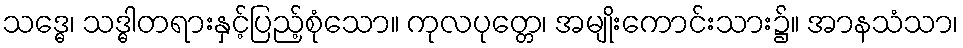
သဒ္ဓေ၊ သဒ္ဓါတရားနှင့်ပြည့်စုံသော။ ကုလပုတ္တေ၊ အမျိုးကောင်းသား၌။ အာနသံသာ၊